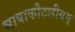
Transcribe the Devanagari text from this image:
भाषाकौटलीयम्